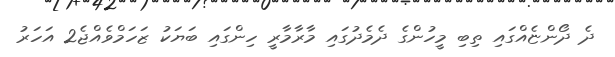
ދެ ދޯންޏެއްގައި ތިބި މީހުންގެ ދެމެދުގައި މާރާމާރީ ހިންގައި ބަޔަކު ޒަހަމްވެއްޖެ2 އަހަރު